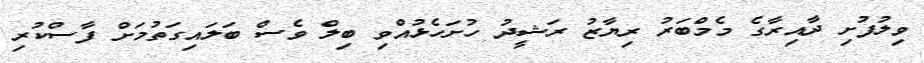
ވިލުފުށި ދާއިރާގެ މެމްބަރު ރިޔާޒު ރަޝީދު ހުށަހެޅުއްވި ބިލް ވެސް ބަލައިގަތުމަށް ފާސްކުރި